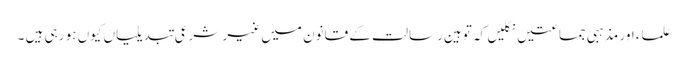
علماء اور مذہبی جماعتیں نکلیں کہ توہین رسالت کے قانون میں غیر شرعی تبدیلیاں کیوں ہو رہی ہیں ۔